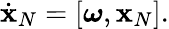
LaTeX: \begin{array}{r}{\dot{\mathbf x}_{N}=[\boldsymbol{\omega},{\mathbf x}_{N}].}\end{array}